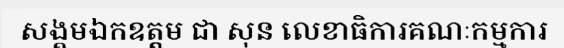
សង្គមឯកឧត្តម ជា សុន លេខាធិការគណៈកម្មការ